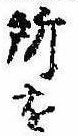
所を